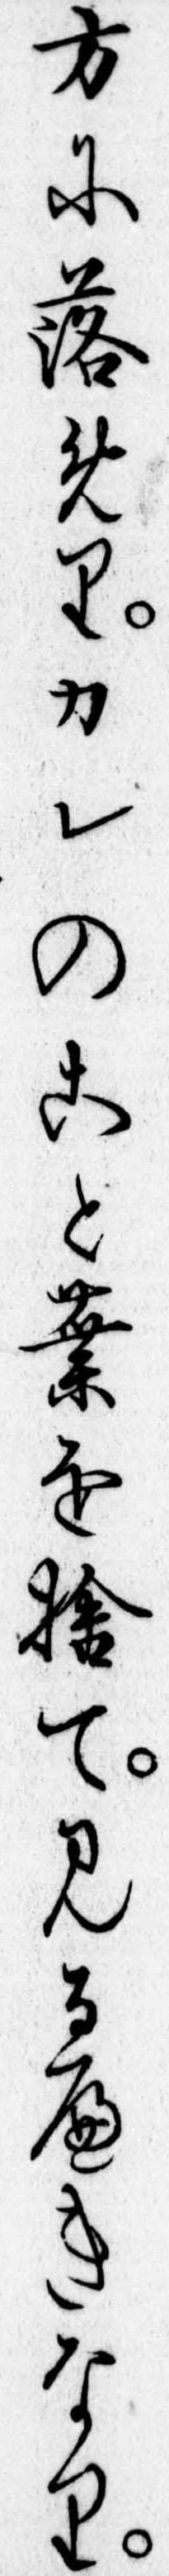
方に落めりカレのこと葉を捨て見るへきなり